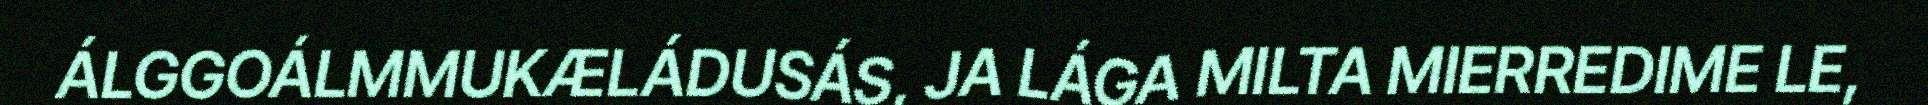
ÁLGGOÁLMMUKÆLÁDUSÁS, JA LÁGA MILTA MIERREDIME LE,